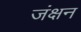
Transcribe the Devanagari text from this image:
जंक्षन